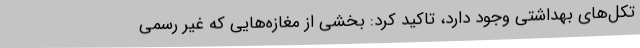
تکل‌های بهداشتی وجود دارد، تاکید کرد: بخشی از مغازه‌هایی که غیر رسمی